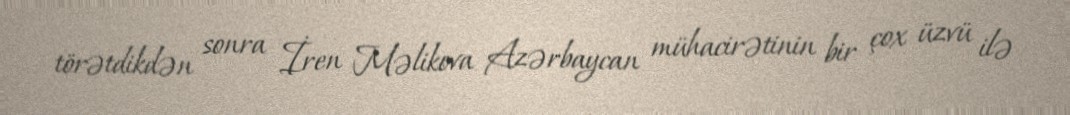
törətdikdən sonra İren Məlikova Azərbaycan mühacirətinin bir çox üzvü ilə